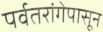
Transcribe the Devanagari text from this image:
पर्वतरांगेपासून